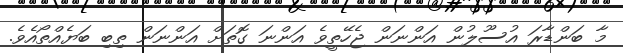
މާ ބަންޑާރަ އުސޫލުން އަންނަން ޖެހޭތީވެ އަންނަ ގޮތަށް އަންނަން ތިބި ބަޔެއްތޯއެވެ.